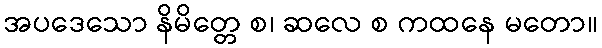
အပဒေသော နိမိတ္တေ စ၊ ဆလေ စ ကထနေ မတော။